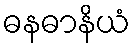
ဓနဓာနိယံ